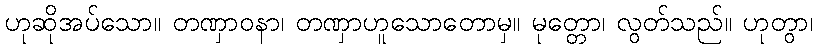
ဟုဆိုအပ်သော။ တဏှာဝနာ၊ တဏှာဟူသောတောမှ။ မုတ္တော၊ လွတ်သည်။ ဟုတွာ၊